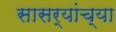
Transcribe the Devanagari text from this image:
सासर्‍यांच्या